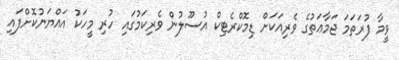
ވީމާ ފުރަތަމަ ޖަމާޢަތުގެ ވެރިއަކަށް ޑިމޮކްރެޓިކް އުސޫލުން ވެރިކަމުގައި ހުރި މީހަކު އައްޔަނުކޮށްފައި